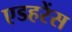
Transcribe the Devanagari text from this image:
एडहरेंस